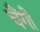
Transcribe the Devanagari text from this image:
चैंगी